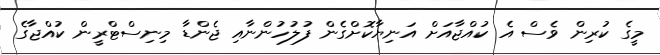
މީގެ ކުރިން ވެސް އެ ކުއްޖާއަށް އަނިޔާކޮށްގެން ފުލުހުންނާއި ޖެންޑާ މިނިސްޓްރީން ކުއްޖާގެ